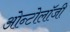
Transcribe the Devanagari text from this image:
ओन्टोलॉजी